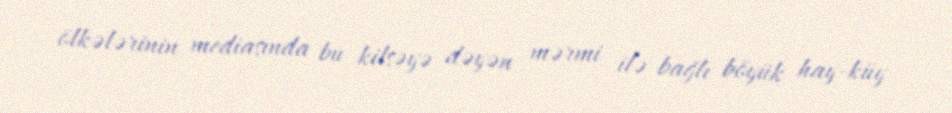
ölkələrinin mediasında bu kilsəyə dəyən mərmi ilə bağlı böyük hay-küy